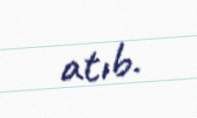
atıb.